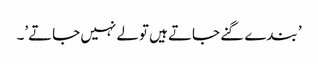
’ بندے گنے جاتے ہیں تولے نہیں جاتے’۔